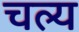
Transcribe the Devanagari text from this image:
चल्य